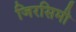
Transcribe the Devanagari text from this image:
जिरसिमी